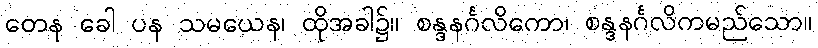
တေန ခေါ ပန သမယေန၊ ထိုအခါ၌။ စန္ဒနင်္ဂလိကော၊ စန္ဒနင်္ဂလိကမည်သော။